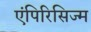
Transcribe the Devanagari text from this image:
एंपिरिसिज्म